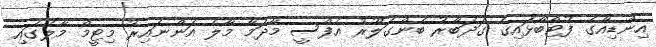
އިންޑިއާގެ ފުޓްބޯޅައިގެ ގަދަބާރު ބެންގަލޫރު އެފްސީ މާދަމާ މާލެ އަންނައިރު މިޓީމް މާލޭގައި